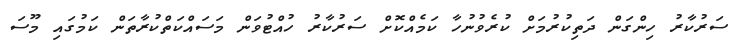
ސަރުކާރު ހިންގަން ދަތިކުރުމަށް ކުރެވުނުހާ ކަމެއްކޮށް ސަރުކާރު ހުއްޓުވަން މަސައްކަތްކުރާތަން ކަމުގައި މޫސަ